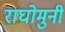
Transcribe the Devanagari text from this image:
राघोमुनी